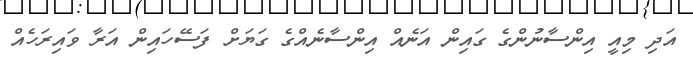
އަދި މިއީ އިންސާނުންގެ ގައިން އަނެއް އިންސާނެއްގެ ގަޔަށް ފަސޭހައިން އަރާ ވައިރަހެއް